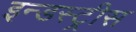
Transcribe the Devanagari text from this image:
इन्डस्ट्रीस